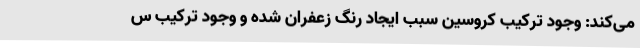
می‌کند: وجود ترکیب کروسین سبب ایجاد رنگ زعفران شده و وجود ترکیب س